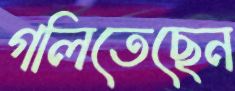
গলিতেছেন